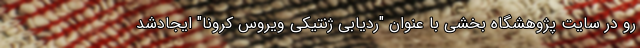
رو در سایت پژوهشگاه بخشی با عنوان "ردیابی ژنتیکی ویروس کرونا" ایجادشد